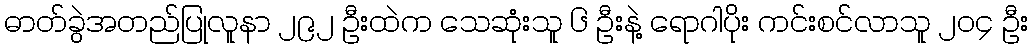
ဓာတ်ခွဲအတည်ပြုလူနာ ၂၉၂ ဦးထဲက သေဆုံးသူ ၆ ဦးနဲ့ ရောဂါပိုး ကင်းစင်လာသူ ၂၀၄ ဦး